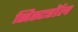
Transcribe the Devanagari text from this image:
सिस्टरॉल